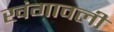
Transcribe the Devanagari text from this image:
खंगावली